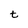
Character: t